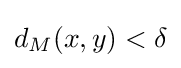
d_{M}(x,y)<\delta